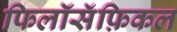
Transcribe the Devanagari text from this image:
फिलॉसॅफ़िकल